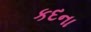
કદના